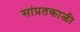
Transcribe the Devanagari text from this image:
सांप्रतकाळी